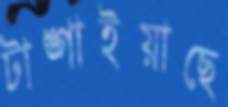
টাঙ্গাইয়াছে